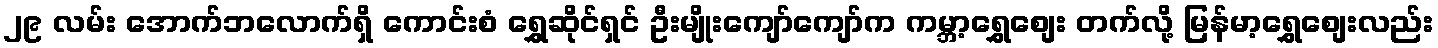
၂၉ လမ်း အောက်ဘလောက်ရှိ ကောင်းစံ ရွှေဆိုင်ရှင် ဦးမျိုးကျော်ကျော်က ကမ္ဘာ့ရွှေစျေး တက်လို့ မြန်မာ့ရွှေစျေးလည်း